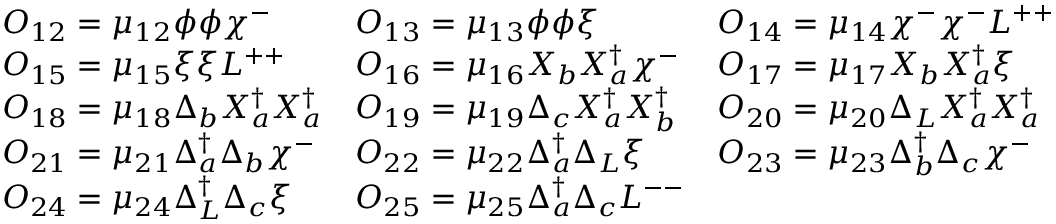
\begin{array} { l l l } { { { \cal O } _ { 1 2 } = \mu _ { 1 2 } \phi \phi \chi ^ { - } } } & { { { \cal O } _ { 1 3 } = \mu _ { 1 3 } \phi \phi \xi } } & { { { \cal O } _ { 1 4 } = \mu _ { 1 4 } \chi ^ { - } \chi ^ { - } L ^ { + + } } } \\ { { { \cal O } _ { 1 5 } = \mu _ { 1 5 } \xi \xi L ^ { + + } } } & { { { \cal O } _ { 1 6 } = \mu _ { 1 6 } X _ { b } X _ { a } ^ { \dagger } \chi ^ { - } } } & { { { \cal O } _ { 1 7 } = \mu _ { 1 7 } X _ { b } X _ { a } ^ { \dagger } \xi } } \\ { { { \cal O } _ { 1 8 } = \mu _ { 1 8 } \Delta _ { b } X _ { a } ^ { \dagger } X _ { a } ^ { \dagger } } } & { { { \cal O } _ { 1 9 } = \mu _ { 1 9 } \Delta _ { c } X _ { a } ^ { \dagger } X _ { b } ^ { \dagger } } } & { { { \cal O } _ { 2 0 } = \mu _ { 2 0 } \Delta _ { L } X _ { a } ^ { \dagger } X _ { a } ^ { \dagger } } } \\ { { { \cal O } _ { 2 1 } = \mu _ { 2 1 } \Delta _ { a } ^ { \dagger } \Delta _ { b } \chi ^ { - } } } & { { { \cal O } _ { 2 2 } = \mu _ { 2 2 } \Delta _ { a } ^ { \dagger } \Delta _ { L } \xi } } & { { { \cal O } _ { 2 3 } = \mu _ { 2 3 } \Delta _ { b } ^ { \dagger } \Delta _ { c } \chi ^ { - } } } \\ { { { \cal O } _ { 2 4 } = \mu _ { 2 4 } \Delta _ { L } ^ { \dagger } \Delta _ { c } \xi } } & { { { \cal O } _ { 2 5 } = \mu _ { 2 5 } \Delta _ { a } ^ { \dagger } \Delta _ { c } L ^ { -- } } } & { { } } \end{array}